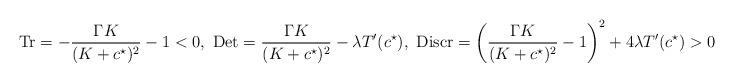
LaTeX: \begin{align*}{\rm Tr}=-\frac{\Gamma K}{(K+c^{\star})^2}-1<0,\,\,{\rm Det}=\frac{\Gamma K}{(K+c^{\star})^2}-\lambda T'(c^{\star}),\,\,{\rm Discr}=\left(\frac{\Gamma K}{(K+c^{\star})^2}-1 \right)^2+4\lambda T'(c^{\star})>0.\end{align*}